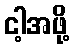
ငါ့အဖို့